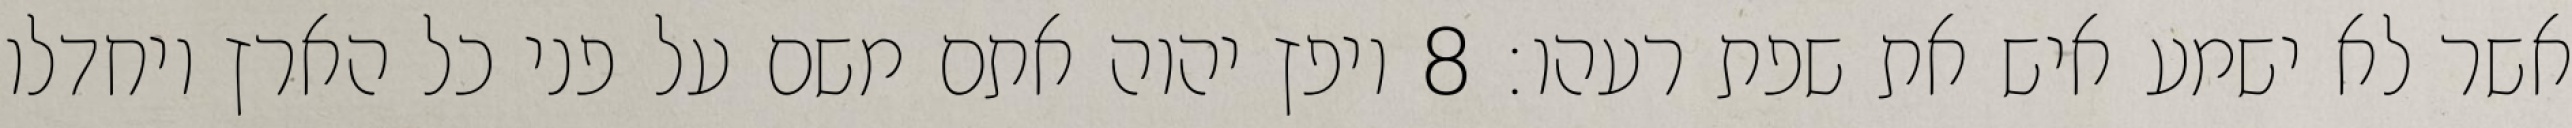
אשר לא ישמע איש את שפת רעהו׃ ‎8‏ ויפץ יהוה אתם משם על פני כל הארץ ויחדלו